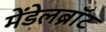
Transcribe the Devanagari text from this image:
मेंडेलब्रॉट